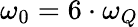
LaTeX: \omega_{0}=6\cdot\omega_{Q}